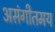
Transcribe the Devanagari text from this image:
असंगीतमय